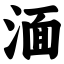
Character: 湎